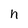
Character: n